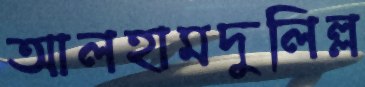
আলহামদুলিল্ল